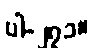
ပါ-၂၇၁။